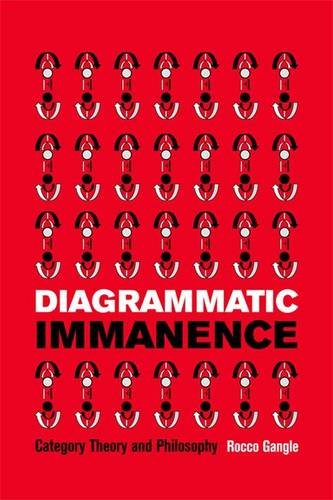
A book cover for Diagrammatic Immanence: Category Theory and Philosophy; Rocco Gangle; Politics & Social Sciences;